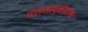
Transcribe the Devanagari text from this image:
मालवाहतूकीवरील